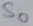
Text: S0